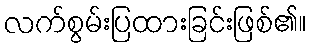
လက်စွမ်းပြထားခြင်းဖြစ်၏။